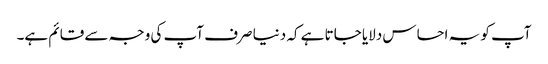
آپ کو یہ احساس دلایا جاتا ہے کہ دنیا صرف آپ کی وجہ سے قائم ہے۔